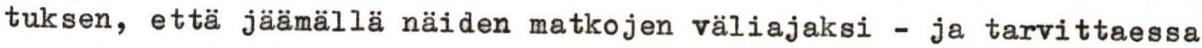
tuksen, että jäämällä näiden matkojen väliajaksi - ja tarvittaessa